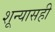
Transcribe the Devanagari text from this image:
शून्यासही